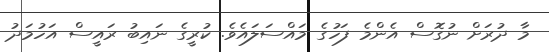
މާ ދުރަށް ނުގޮސް އެންމެ ފަހުގެ މައްސަލައެވެ. ކުރީގެ ނައިބު ރައީސް އަހުމަދު